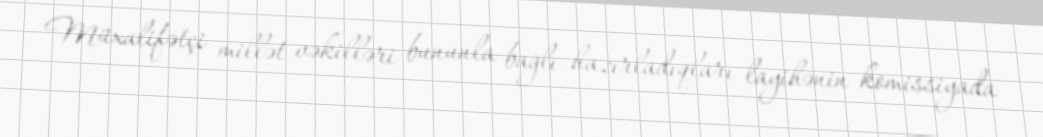
Müxalifətçi millət vəkilləri bununla bağlı hazırladıqları layihənin komissiyada